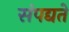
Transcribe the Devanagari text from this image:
संपद्यते